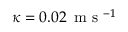
\kappa = 0 . 0 2 \, \mathrm { ~ m ~ s ~ } ^ { - 1 }